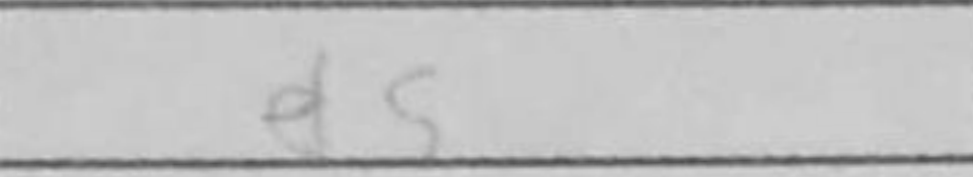
Transcription: d5